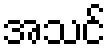
အသင်